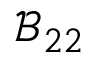
\mathcal { B } _ { 2 2 }